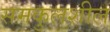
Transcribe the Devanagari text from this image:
समकुलशील